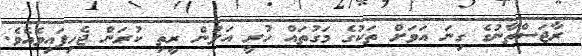
ރާޖަސްތާނުގެ ގިނަ އަވަށް ތަކުގެ މަގުތައް ހުރީ އަލުން ރީތި ކުރަން ޖެހިފައިވެއެވެ.